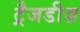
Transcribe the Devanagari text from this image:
ट्रैजडीज़